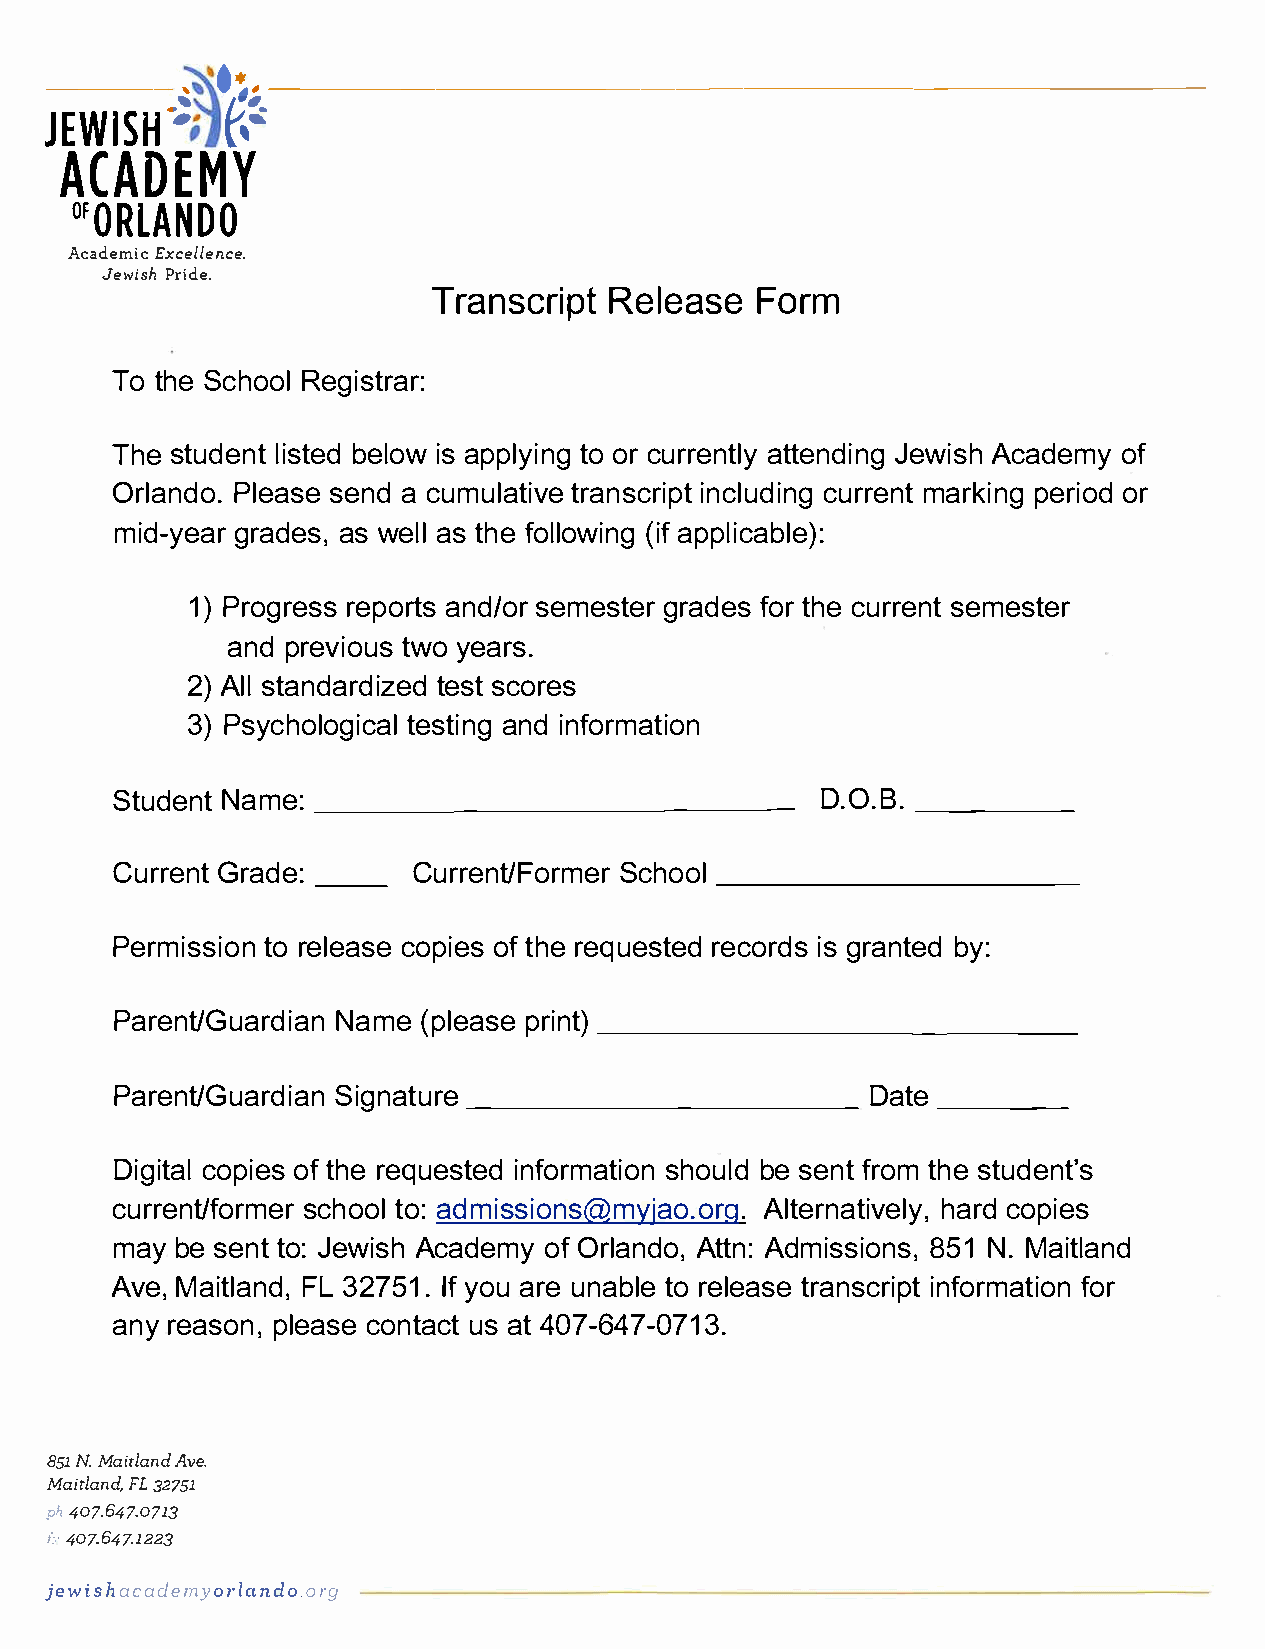
••
 ----     ,
 ,,----------------------------
 JEW.;I�      :;S H
 ACADEMY
 ORLANDO
 OF
 Excellence.
 Jewish
 Academic
 TranscRreilpetaF       soer m
 Pride.
 Tot  hSec hoRoelg  istrar:
 Thset   udleinstbt eeldio aswp pltyoio nrcg u rreantttleynJ deiwniAgsc ha deomfy
 OrlanPdloe.as   seena dc umultartainvsec  ripctu   rirmneacnrltku pidenirgnio gor d
 mid-ygeraarda   esws e,al slt hfeo llo(wiaifpn pgl icable):
 1)Progrreespso     rtss  eamnedsg/troearrd f eotsrh ceu rrseenmte ster
 anpdr   evitowyuoes a rs.
 2)Alslt  andartdesiscztoe rde s
 3)Psycholtoegsitacinanidlgn  formation
 StudNeanmte_  :_ __   _ _____       _ __   _  D.O._B_._   _   _
 CurrGernatd-   e-:  Current/SFcohro-mo-el-r    --------
 Permistsori    eolnec aospeio efts hr ee questedi gsrr eacnbotyre:dd s
 Parent/GNuaamer(    pdlieaeanp s rnit_)_ _______    ___    _  _
 Parent/GSuinaagrtrduei_  a_n_ ___   _  _____      Dat_e_  _  _
 Digictoaepls io fth er equede isntformshaotduib leos ne nftr otmehs utdent's
 currents/cfhootroo    mal:ed rms isions@myjAalot.eorrngha.at ricdvo epliye,s
 may    sbeetnt o : JewiAscha deom fOyr nldaoA,t tAdnm:i ssi8o5nN1s. M, a itland
 Ave,    lnMadaF,iL 3t 275If1y o.u a er unablteor eelaster ansicnorrfmiapttfi oorn
 any  rseoanpl,e acsoen tuasac t4t0 7-64771-30.
 85N.1 M aitlAavned.
 Maicla3n2d7,5 1FL
 pl4,0 7.647.0713
 f.·4, 07.647.1223
 jewisahcad emyorland.oo rg